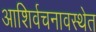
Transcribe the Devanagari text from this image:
आशिर्वचनावस्थेत